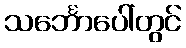
သင်္ဘောပေါ်တွင်